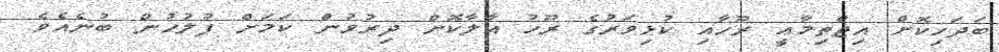
ބަދަހިކޮށް އިޖްތިމާޢީ ރޫހާއި ކުޅިވަރުގެ ރޫހު އާލާކޮށް ދިރުވުން ކަމަށް ފުލުހުން ބުނެއެވެ.